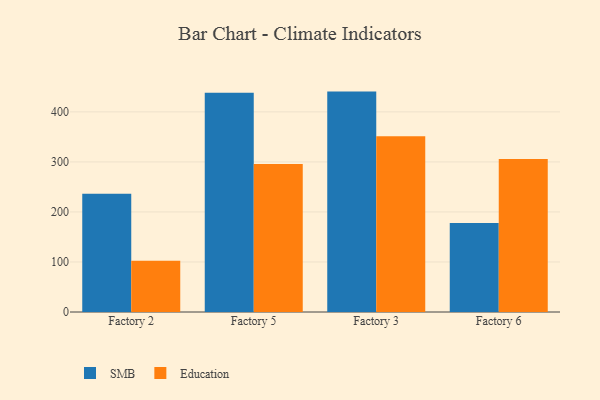
{"axis": {"x": "Factory", "y": "Energy Usage (MWh)"}, "legend": ["Education", "SMB"], "data": [{"x": "Factory 2", "y": 236.2, "type": "SMB"}, {"x": "Factory 2", "y": 102.5, "type": "Education"}, {"x": "Factory 5", "y": 438.2, "type": "SMB"}, {"x": "Factory 5", "y": 295.7, "type": "Education"}, {"x": "Factory 3", "y": 440.5, "type": "SMB"}, {"x": "Factory 3", "y": 351.1, "type": "Education"}, {"x": "Factory 6", "y": 177.8, "type": "SMB"}, {"x": "Factory 6", "y": 305.6, "type": "Education"}]}